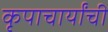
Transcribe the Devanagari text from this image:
कृपाचार्यांची